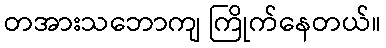
တအားသဘောကျ ကြိုက်နေတယ်။